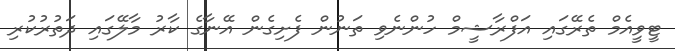
ޓީވީއެމް ތެރޭގައި އަފްރާޝީމް ހުންނެވި ތަނުން ފެށިގެން އޭނާގެ ކާރު މާލޭގައި ދަތުރުކުރި